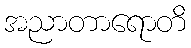
အညာတာရောတိ